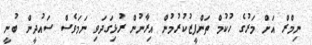
ނިމްރް އަށް މަރުގެ ހުކުމް ތަންފީޒުކުރުމުން އިރާނުން ރުޅިގަދަވި ނަމަވެސް ސައުދީން ބުނީ